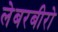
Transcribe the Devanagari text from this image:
लेबरबीरो